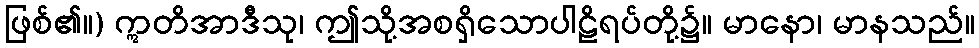
ဖြစ်၏။) ဣတိအာဒီသု၊ ဤသို့အစရှိသောပါဠိရပ်တို့၌။ မာနော၊ မာနသည်။